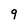
Character: 9